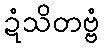
ဍံသိတဗ္ဗံ